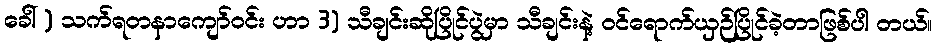
ခေါ် ) သက်ရတနာကျော်ဝင်း ဟာ 3) သီချင်းဆိုပြိုင်ပွဲမှာ သီချင်းနဲ့ ဝင်ရောက်ယှဉ်ပြိုင်ခဲ့တာဖြစ်ပါ တယ်။